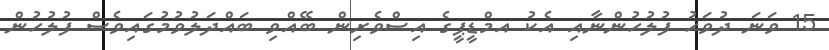
15 ވަނަ ދުވަހު ފުލުހުންނާއި އެކު އމްޑީޕީގެ އިސްވެރިން ބޭއްވި ބައްދަލުވުމުގައިވެސް ފުލުހުން